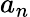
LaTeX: a_{n}